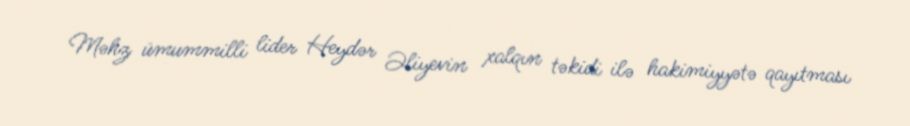
Məhz ümummilli lider Heydər Əliyevin xalqın təkidi ilə hakimiyyətə qayıtması